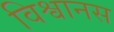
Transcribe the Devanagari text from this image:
विश्वानस